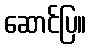
ဆောင်ပြ။